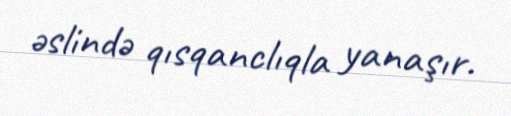
əslində qısqanclıqla yanaşır.